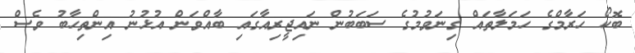
ބޮކޯ ހަރާމްގެ ހަމަލާތައް ގިނަވުމުގެ ސަބަބުން ނައިޖީރިއާގައި ބާއްވަން އުޅުނު އިންތިހާބު ވެސް